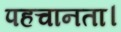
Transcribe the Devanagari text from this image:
पहचानता।